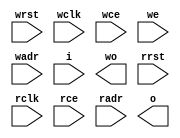
module syncRam512x32_1rw1r(
	input wrst,
	input wclk,
	input wce,
	input we,
	input [8:0] wadr,
	input [31:0] i,
	output [31:0] wo,
	input rrst,
	input rclk,
	input rce,
	input [8:0] radr,
	output [31:0] o
);

`ifdef SYNTHESIS
`ifdef VENDOR_XILINX

`ifdef SPARTAN6
	RAMB16_S36_S36 ram0(
		.CLKA(wclk), .ADDRA(wadr), .DIA(i), .DIPA({^i[31:24],^i[23:16],^i[15:8],^i[7:0]}), .DOA(wo), .ENA(wce), .WEA(we), .SSRA(wrst),
		.CLKB(rclk), .ADDRB(radr), .DIB(32'hFFFF_FFFF), .DIPB(4'b1111), .DOB(o), .ENB(rce), .WEB(1'b0), .SSRB(rrst)  );
`endif

`ifdef SPARTAN3
	RAMB16_S36_S36 ram0(
		.CLKA(wclk), .ADDRA(wadr), .DIA(i), .DIPA({^i[31:24],^i[23:16],^i[15:8],^i[7:0]}), .DOA(wo), .ENA(wce), .WEA(we), .SSRA(wrst),
		.CLKB(rclk), .ADDRB(radr), .DIB(32'hFFFF_FFFF), .DIPB(4'b1111), .DOB(o), .ENB(rce), .WEB(1'b0), .SSRB(rrst)  );
`endif

`ifdef SPARTAN2
	RAMB4_S4_S4 ram0(
		.CLKA(wclk), .ADDRA(wadr), .DIA(i[3:0]), .DOA(wo[3:0]), .ENA(wce), .WEA(we), .RSTA(wrst),
		.CLKB(rclk), .ADDRB(radr), .DIB(4'hF), .DOB(o[3:0]), .ENB(rce), .WEB(1'b0), .RSTB(rrst)  );
	RAMB4_S4_S4 ram1(
		.CLKA(wclk), .ADDRA(wadr), .DIA(i[7:4]), .DOA(wo[7:4]), .ENA(wce), .WEA(we), .RSTA(wrst),
		.CLKB(rclk), .ADDRB(radr), .DIB(4'hF), .DOB(o[7:4]), .ENB(rce), .WEB(1'b0), .RSTB(rrst)  );
	RAMB4_S4_S4 ram2(
		.CLKA(wclk), .ADDRA(wadr), .DIA(i[11:8]), .DOA(wo[11:8]), .ENA(wce), .WEA(we), .RSTA(wrst),
		.CLKB(rclk), .ADDRB(radr), .DIB(4'hF), .DOB(o[11:8]), .ENB(rce), .WEB(1'b0), .RSTB(rrst)  );
	RAMB4_S4_S4 ram3(
		.CLKA(wclk), .ADDRA(wadr), .DIA(i[15:12]), .DOA(wo[15:12]), .ENA(wce), .WEA(we), .RSTA(wrst),
		.CLKB(rclk), .ADDRB(radr), .DIB(4'hF), .DOB(o[15:12]), .ENB(rce), .WEB(1'b0), .RSTB(rrst)  );
`endif

`endif

`ifdef VENDOR_ALTERA

	reg [31:0] mem [511:0];
	reg [8:0] rradr;
	reg [8:0] rwadr;
	reg rrrst;
	reg rwrst;

	// register read addresses
	always @(posedge rclk)
		if (rce) rradr <= radr;
	always @(posedge rclk)
		if (rce) rrrst <= rrst;

	assign o = rrrst ? 0 : mem[rradr];

	// write side
	always @(posedge wclk)
		if (wce) rwadr <= wadr;
	always @(posedge wclk)
		if (wce) rwrst <= wrst;

	always @(posedge wclk)
		if (wce) mem[wadr] <= i;

	assign wo = rwrst ? 0 : mem[rwadr];

`endif

`else

	reg [31:0] mem [511:0];
	reg [8:0] rradr;
	reg [8:0] rwadr;
	reg rrrst;
	reg rwrst;

	// register read addresses
	always @(posedge rclk)
		if (rce) rradr <= radr;
	always @(posedge rclk)
		if (rce) rrrst <= rrst;

	assign o = rrrst ? 0 : mem[rradr];

	// write side
	always @(posedge wclk)
		if (wce) rwadr <= wadr;
	always @(posedge wclk)
		if (wce) rwrst <= wrst;

	always @(posedge wclk)
		if (wce) mem[wadr] <= i;

	assign wo = rwrst ? 0 : mem[rwadr];

`endif

endmodule